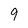
Character: 9